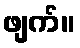
ဖျက်။